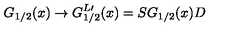
G _ { 1 / 2 } ( x ) \rightarrow G _ { 1 / 2 } ^ { L \prime } ( x ) = S G _ { 1 / 2 } ( x ) D